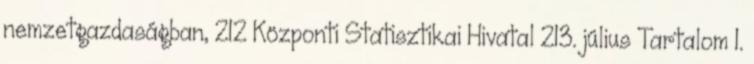
nemzetgazdaságban, 212 Központi Statisztikai Hivatal 213. július Tartalom 1.